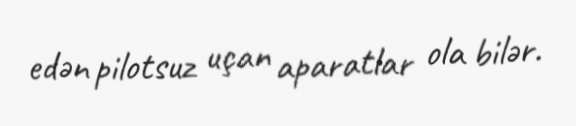
edən pilotsuz uçan aparatlar ola bilər.